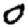
Digit: 0